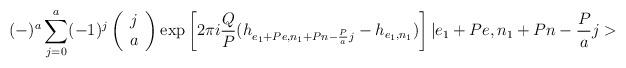
LaTeX: \begin{align*}(-)^{a}\sum_{j=0}^{a}(-1)^{j}\left(\begin{array}{c}j\\a\end{array}\right)\mbox{exp}\left[2\pi i\frac{Q}{P}(h_{e_{1}+Pe,n_{1}+Pn-\frac{P}{a}j}-h_{e_{1},n_{1}})\right]|e_{1}+Pe,n_{1}+Pn-\frac{P}{a}j>\end{align*}